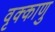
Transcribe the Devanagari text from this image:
वृक्काणु